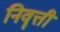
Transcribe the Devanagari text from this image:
निवॄत्ती